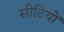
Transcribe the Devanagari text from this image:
सीटियों